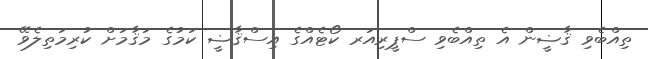
ތިއްބެވި ޤާޟީން އެ ތިއްބެވި ސްޕީރިއަރ ކޯޓެއްގެ އިސްޤާޟީ ކަމުގެ މަޤާމަށް ކުރިމަތިލެވޭ